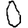
Digit: 0